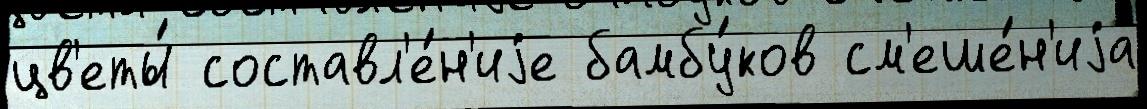
цв'еты́ составл'е́н'иjе бамбу́ков см'еше́н'иjа